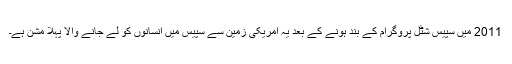
2011 میں سپیس شٹل پروگرام کے بند ہونے کے بعد یہ امریکی زمین سے سپیس میں انسانوں کو لے جانے والا پہلا مشن ہے۔